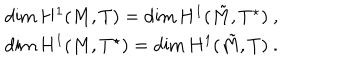
LaTeX: \begin{array} { c } { { \dim H ^ { 1 } ( M , T ) = \dim H ^ { 1 } ( \tilde { M } , T ^ { \star } ) ~ , } } \\ { { \dim H ^ { 1 } ( M , T ^ { \star } ) = \dim H ^ { 1 } ( \tilde { M } , T ) ~ . } } \\ \end{array}